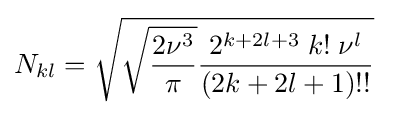
N_{kl}={\sqrt {{\sqrt {\frac {2\nu ^{3}}{\pi }}}{\frac {2^{k+2l+3}\;k!\;\nu ^{l}}{(2k+2l+1)!!}}}}~~